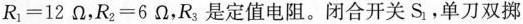
$$R _ { 1 } = 1 2 Ω$$，$$R _ { 2 } = 6 Ω$$，R_{3}是定值电阻。闭合开关S_{1}，单刀双掷